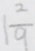
1 \frac { 2 } { 9 }